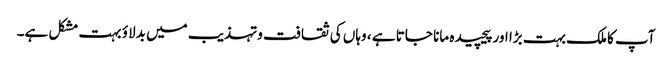
آپ کا ملک بہت بڑا اور پیچیده مانا جاتا ہے ، وہاں کی ثقافت وتہذیب میں بدلاؤ بہت مشکل ہے۔